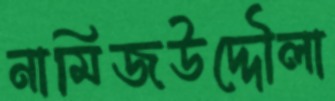
নামিজউদ্দৌলা